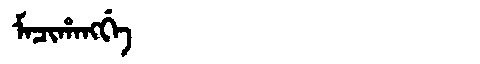
Manchu: ᠮᠠᠴᡳᡥᠠᠩᡤᡝ
Romanization: MACIHANGGE